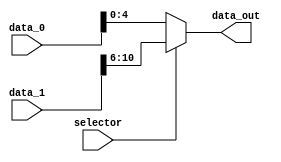
module mux_N(

    input  wire        selector,
    input  wire [31:0] data_0,
    input  wire [15:0] data_1,
    output wire [4:0] data_out

);

assign data_out = (selector) ? data_1[10:6] : data_0[4:0];

endmodule